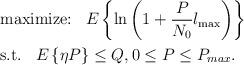
LaTeX: \begin{align*}{}&{}\textrm{maximize:}\;\;\;E\left\{ \ln \left(1 + \frac{P}{N_0} l_{\max}\right )\right\} \\&\textrm{s.t.}\;\;\; E\left\{\eta P\right\} \leq Q, 0 \leq P \leq P_{max}.\end{align*}